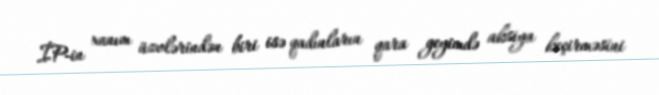
İP-in xanım üzvlərindən biri isə qadınların qara geyimdə aksiya keçirməsini